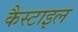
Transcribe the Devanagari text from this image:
कैस्टाइल